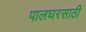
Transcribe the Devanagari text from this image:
पालघरसाठी